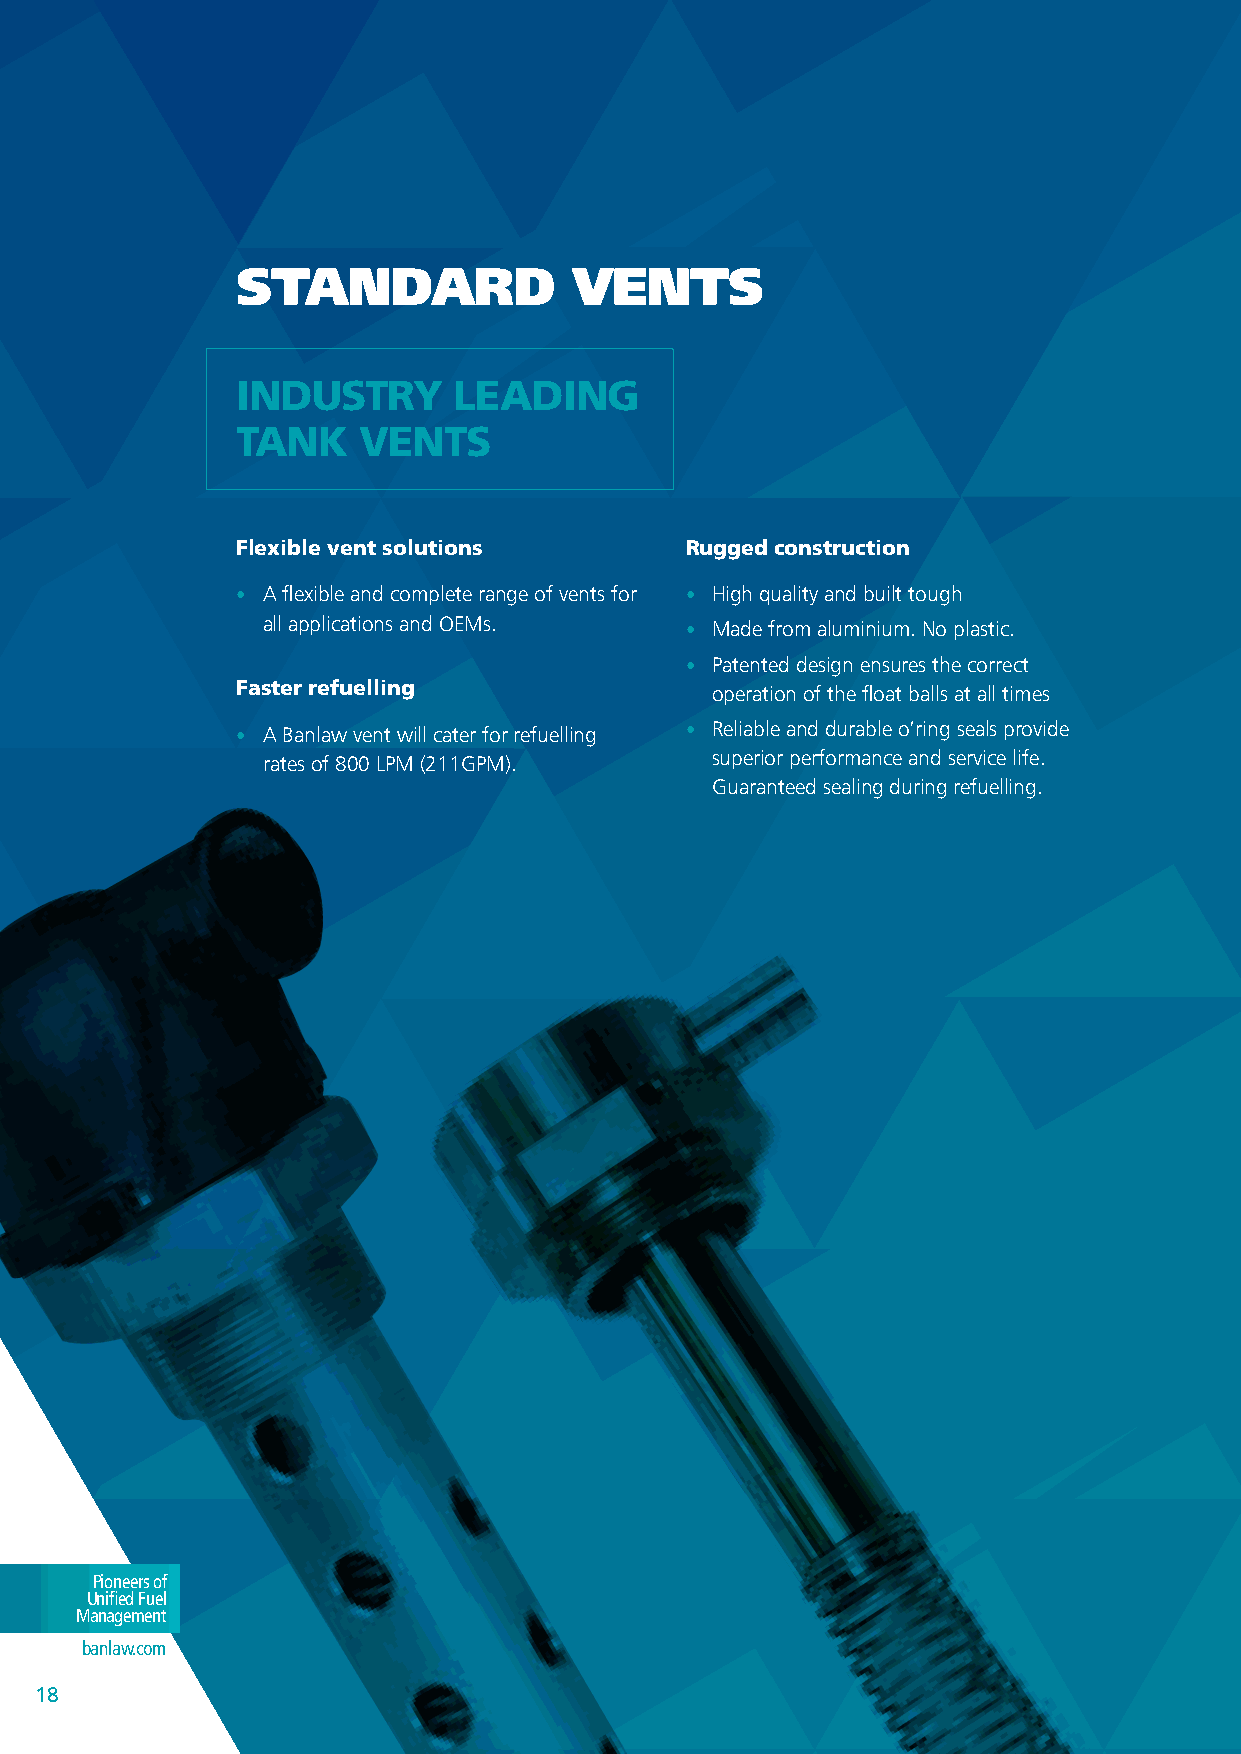
STANDARD              VENTS
 induStRy      leading
 tanK    ventS
 flexible vent solutions      Rugged construction
 • A flexible and complete range of vents for • High quality and built tough
 all applications and OEMs.  • Made from aluminium. No plastic.
 • Patented design ensures the correct
 faster refuelling              operation of the float balls at all times
 • A Banlaw vent will cater for refuelling • Reliable and durable o’ring seals provide
 rates of 800 LPM (211GPM).    superior performance and service life.
 Guaranteed sealing during refuelling.
 Pioneers of
 Unified Fuel
 Management
 banlaw.com
 1188